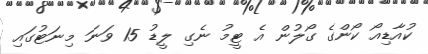
ކުއާޑިއޯ ކޯންގެ ގޯލުން އެ ޓީމު ނެގި ލީޑު 15 ވަނަ މިނަޓުގައި